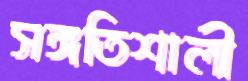
সঙ্গতিশালী